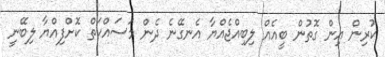
ކުރިން އިން ގޮތުން ބީއެއް ލިބިއްޖެއްޔާ އެނގޭނެ ދެން މަސައްކަތް ކޮށްފިއްޔާ ލިބޭނީ